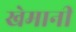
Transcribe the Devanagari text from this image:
खेमानी